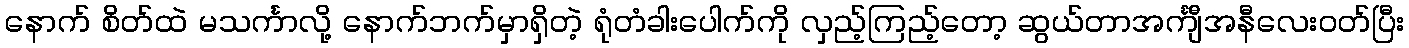
နောက် စိတ်ထဲ မသင်္ကာလို့ နောက်ဘက်မှာရှိတဲ့ ရုံတံခါးပေါက်ကို လှည့်ကြည့်တော့ ဆွယ်တာအင်္ကျီအနီလေးဝတ်ပြီး